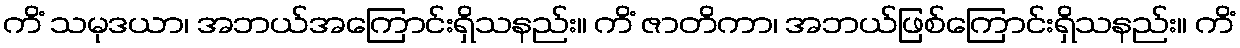
ကိံ သမုဒယာ၊ အဘယ်အကြောင်းရှိသနည်း။ ကိံ ဇာတိကာ၊ အဘယ်ဖြစ်ကြောင်းရှိသနည်း။ ကိံ